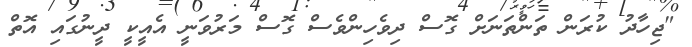
"ޖިހާދު ކުރަން ތަންތަނަށް ގޮސް ދިވެހިންވެސް ގޮސް މަރުވަނީ އެއީކީ ދީނުގައި އޮތް